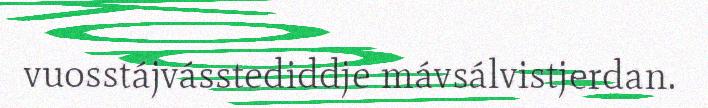
vuosstájvásstediddje mávsálvistjerdan.